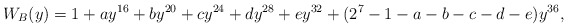
\begin{align*}W_{B}(y)=1+a y^{16}+b y^{20}+c y^{24}+d y^{28}+e y^{32}+(2^7-1-a-b-c-d-e) y^{36},\end{align*}